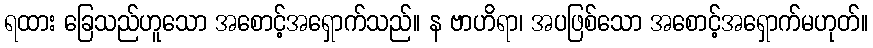
ရထား ခြေသည်ဟူသော အစောင့်အရှောက်သည်။ န ဗာဟိရာ၊ အပဖြစ်သော အစောင့်အရှောက်မဟုတ်။